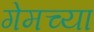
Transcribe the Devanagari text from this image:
गेमच्या